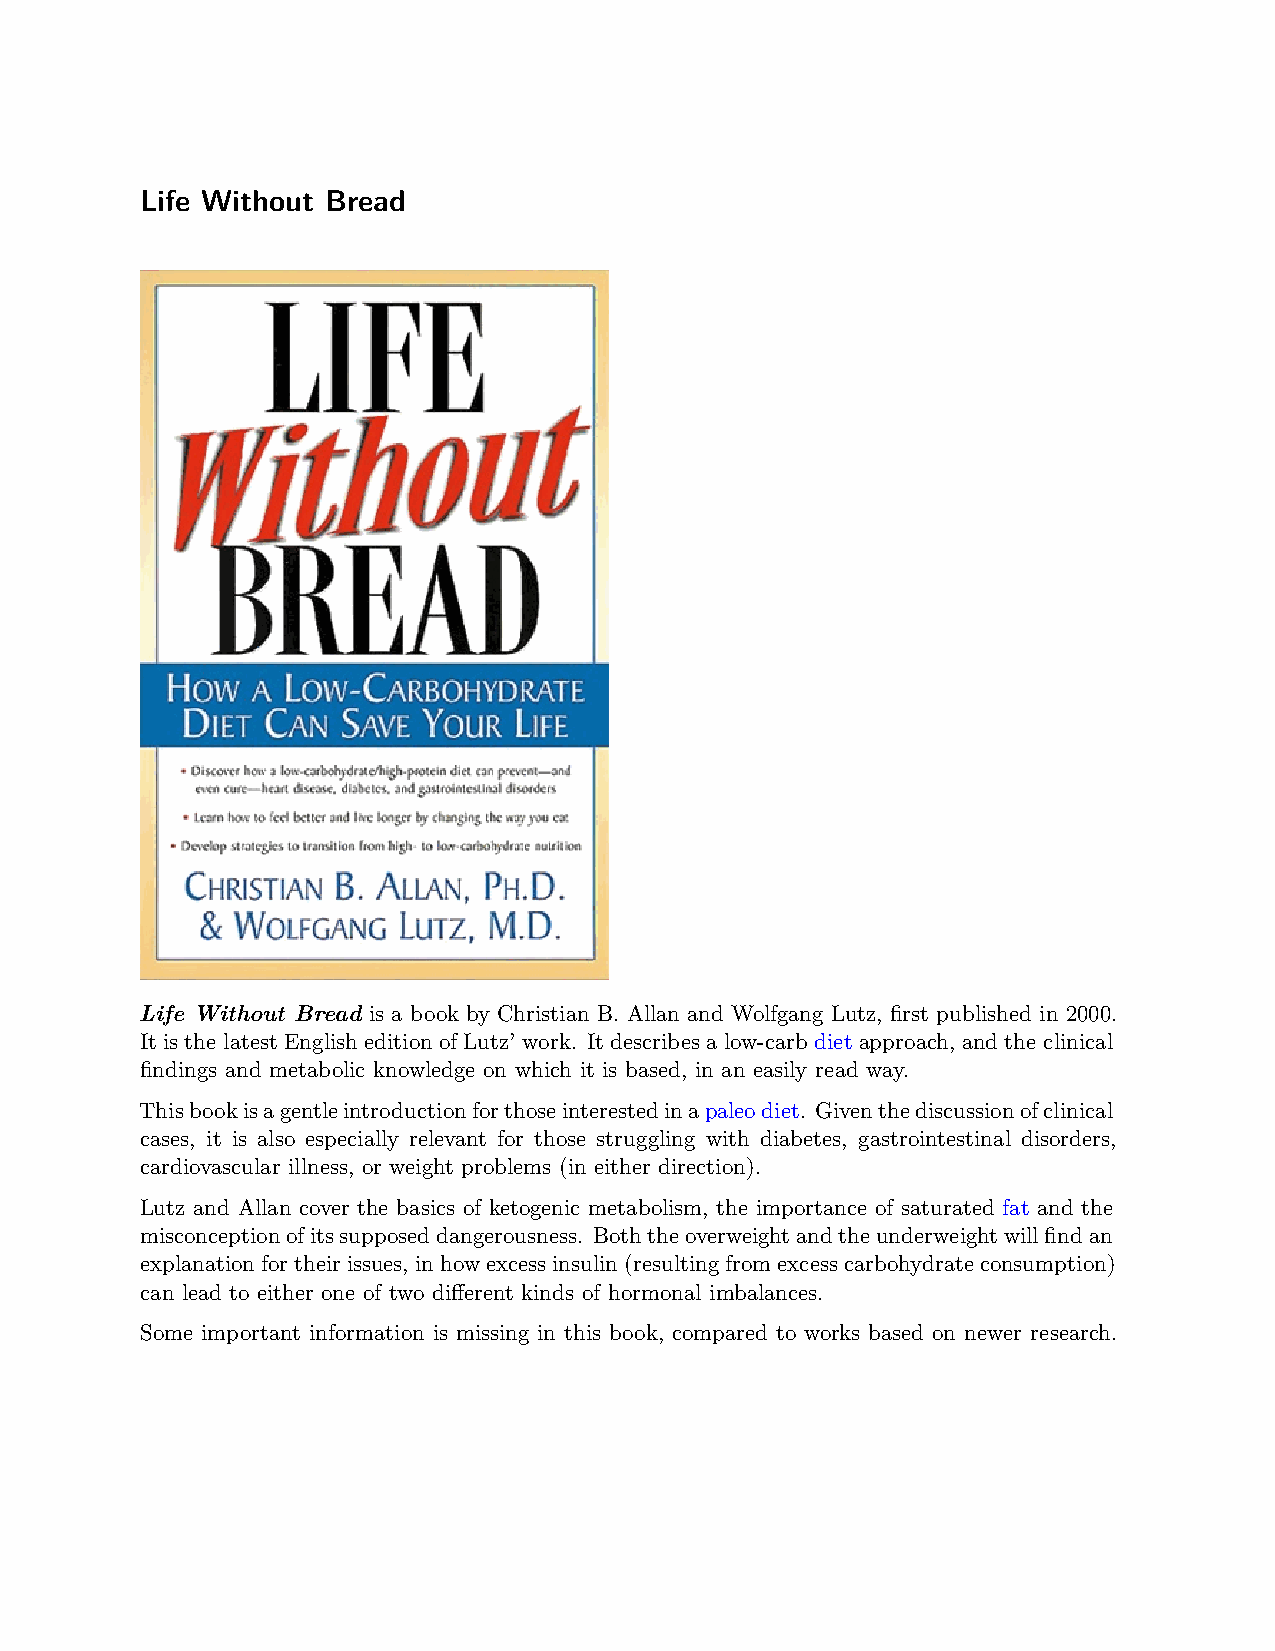
Life Without Bread
 Life Without Bread is a book by Christian B. Allan and Wolfgang Lutz, first published in 2000.
 It is the latest English edition of Lutz’ work. It describes a low-carb diet approach, and the clinical
 findings and metabolic knowledge on which it is based, in an easily read way.
 Thisbookisagentleintroductionforthoseinterestedinapaleodiet. Giventhediscussionofclinical
 cases, it is also especially relevant for those struggling with diabetes, gastrointestinal disorders,
 cardiovascular illness, or weight problems (in either direction).
 Lutz and Allan cover the basics of ketogenic metabolism, the importance of saturated fat and the
 misconceptionofitssupposeddangerousness. Boththeoverweightandtheunderweightwillfindan
 explanationfortheirissues, inhowexcessinsulin(resultingfromexcesscarbohydrateconsumption)
 can lead to either one of two different kinds of hormonal imbalances.
 Some important information is missing in this book, compared to works based on newer research.